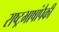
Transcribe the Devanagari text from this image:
राष्ट्रभाषांपैकी